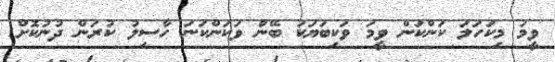
ވީމަ މިކަހަލަ ކަންކަން ވީމަ ވަކިބަޔަކު ބޭނުް ވަކަންކަނަ ހާސިލު ކުރަން ދުނުކޮށް